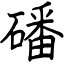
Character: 磻